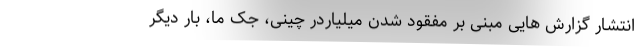
انتشار گزارش هایی مبنی بر مفقود شدن میلیاردر چینی، جک ما، بار دیگر